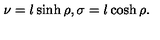
\nu = l \sinh \rho , \sigma = l \cosh \rho .